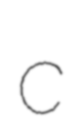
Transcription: c